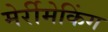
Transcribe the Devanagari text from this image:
मेर्रीमेकिंग